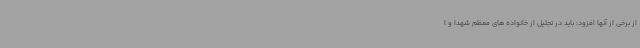
از برخی از آنها افزود: باید در تجلیل از خانواده های معظم شهدا و ا